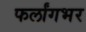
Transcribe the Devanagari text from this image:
फर्लांगभर